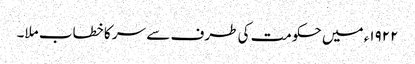
١٩٢٢ء میں حکومت کی طرف سے سر کا خطاب ملا۔